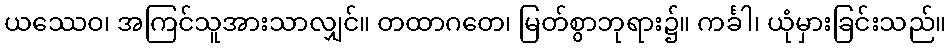
ယဿေဝ၊ အကြင်သူအားသာလျှင်။ တထာဂတေ၊ မြတ်စွာဘုရား၌။ ကင်္ခါ၊ ယုံမှားခြင်းသည်။